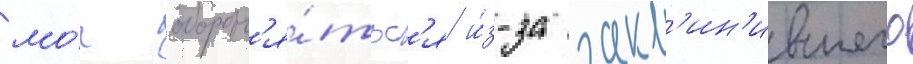
мо́г оборон'я́тьс'я и́з-за закл'ин'ившего